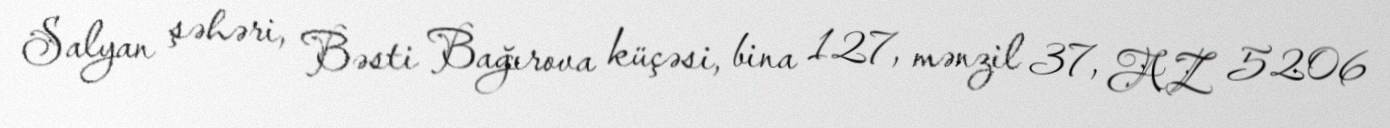
Salyan şəhəri, Bəsti Bağırova küçəsi, bina 127, mənzil 37, AZ 5206